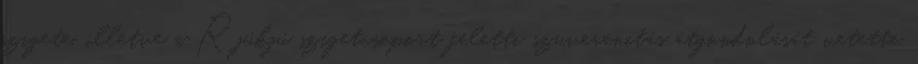
szigete, illetve a Rjúkjú szigetcsoport feletti szuverenitás átgondolását vetette